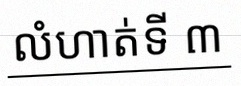
លំហាត់ទី ៣